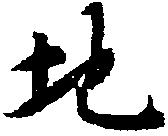
地